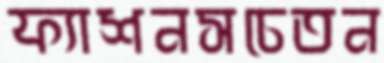
ফ্যাশনসচেতন